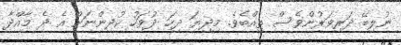
ނުލިބޭ ދަރިވަރުންވެސް ތިއްބެވެ. މިދިޔަ ދިހަ ދުވަހު ކުދިންނަށް އެ ދެ މާއްދާ